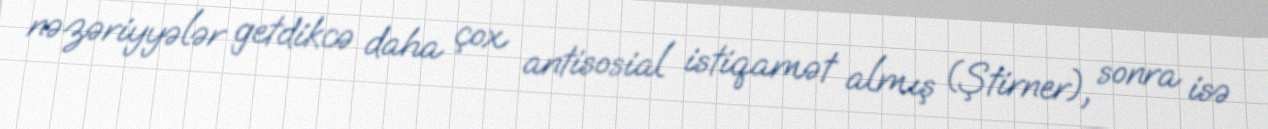
nəzəriyyələr getdikcə daha çox antisosial istiqamət almış (Ştirner), sonra isə